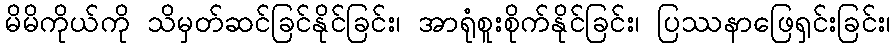
မိမိကိုယ်ကို သိမှတ်ဆင်ခြင်နိုင်ခြင်း၊ အာရုံစူးစိုက်နိုင်ခြင်း၊ ပြဿနာဖြေရှင်းခြင်း၊